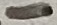
Text: -